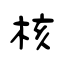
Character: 核